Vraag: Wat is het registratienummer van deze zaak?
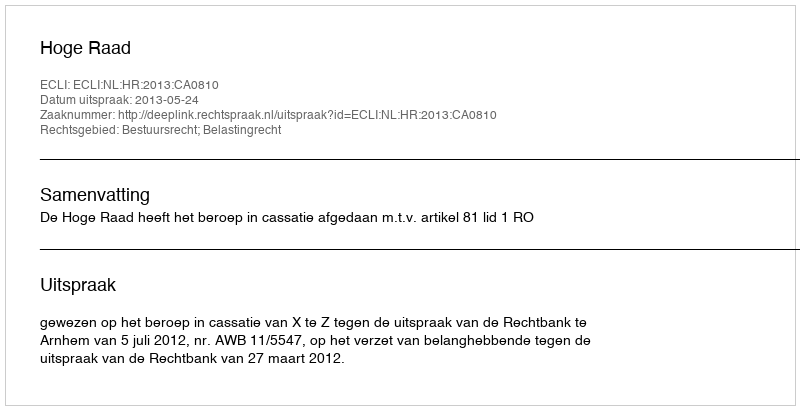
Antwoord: http://deeplink.rechtspraak.nl/uitspraak?id=ECLI:NL:HR:2013:CA0810